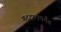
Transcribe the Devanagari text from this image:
गुदद्वारापर्यंत